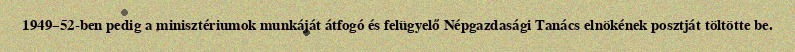
1949–52-ben pedig a minisztériumok munkáját átfogó és felügyelő Népgazdasági Tanács elnökének posztját töltötte be.